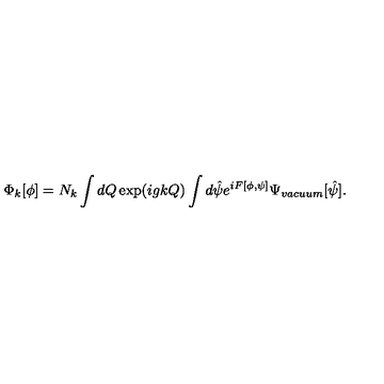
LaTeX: \Phi _ { k } [ \phi ] = N _ { k } \int d Q \exp ( i g k Q ) \int d \hat { \psi } e ^ { i F [ \phi , \psi ] } \Psi _ { v a c u u m } [ \hat { \psi } ] .